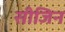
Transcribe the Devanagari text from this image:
सीजिन